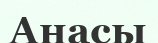
Анасы